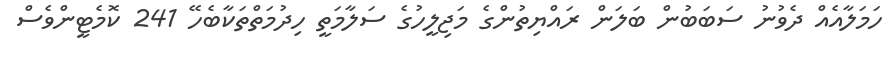
ހަމަލާއެއް ދެވުނު ސަބަބުން ބަލަން ރައްޔިތުންގެ މަޖިލީހުގެ ސަލާމަތީ ހިދުމަތްތަކާބެހޭ 241 ކޮމެޓީންވެސް